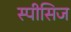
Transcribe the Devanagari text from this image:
स्पीसिज